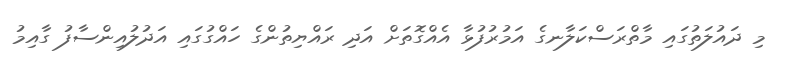
މި ދައުލަތުގައި މާތްރަސްކަލާނގެ އަމުރުފުޅާ އެއްގޮތަށް އަދި ރައްޔިތުންގެ ހައްގުގައި އަދުލުއިންސާފު ގާއިމު